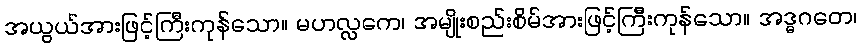
အယွယ်အားဖြင့်ကြီးကုန်သော။ မဟလ္လကေ၊ အမျိုးစည်းစိမ်အားဖြင့်ကြီးကုန်သော။ အဒ္ဓဂတေ၊